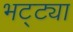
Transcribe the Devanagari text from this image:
भट्‌ट्या